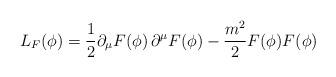
LaTeX: \begin{align*}L_F(\phi) = \frac{1}{2} \partial_{\mu} F(\phi) \, \partial^{\mu} F(\phi) - \frac{m^2}{2} F(\phi) F(\phi) \end{align*}